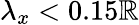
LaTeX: \lambda_{x}<0.15\mathbb{R}